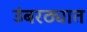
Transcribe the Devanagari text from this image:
उंबरठ्यात